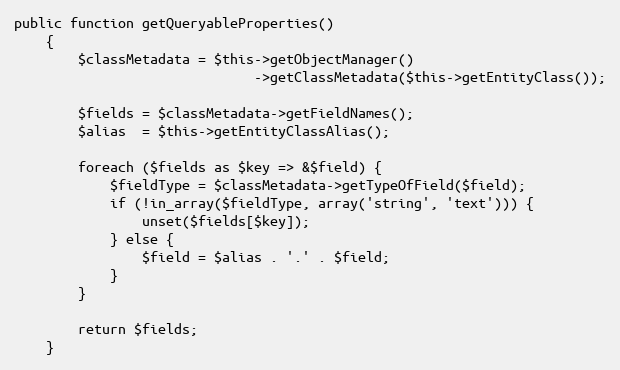
Language: PHP
public function getQueryableProperties()
    {
        $classMetadata = $this->getObjectManager()
                              ->getClassMetadata($this->getEntityClass());

        $fields = $classMetadata->getFieldNames();
        $alias  = $this->getEntityClassAlias();

        foreach ($fields as $key => &$field) {
            $fieldType = $classMetadata->getTypeOfField($field);
            if (!in_array($fieldType, array('string', 'text'))) {
                unset($fields[$key]);
            } else {
                $field = $alias . '.' . $field;
            }
        }

        return $fields;
    }